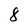
Character: 8